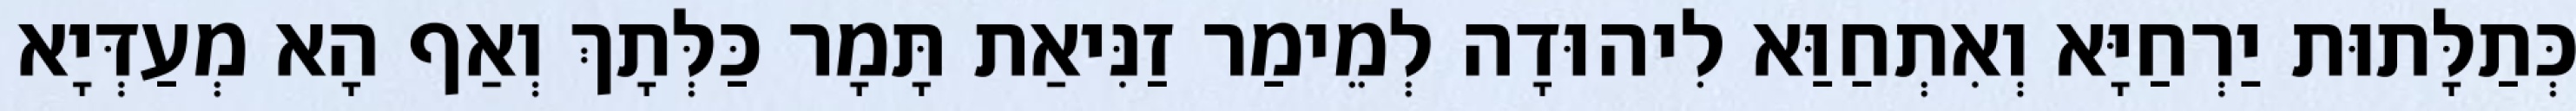
כְּתַלָּתוּת יַרְחַיָּא וְאִתְחַוַּא לִיהוּדָה לְמֵימַר זַנִּיאַת תָּמָר כַּלְּתָךְ וְאַף הָא מְעַדְּיָא